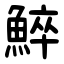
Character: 䱣